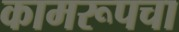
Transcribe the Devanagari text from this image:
कामरूपचा